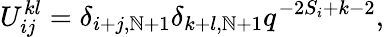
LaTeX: U_{ij}^{kl}=\delta_{i+j,\mathbb{N}+1}\delta_{k+l,\mathbb{N}+1}q^{-2S_{i}+k-2},